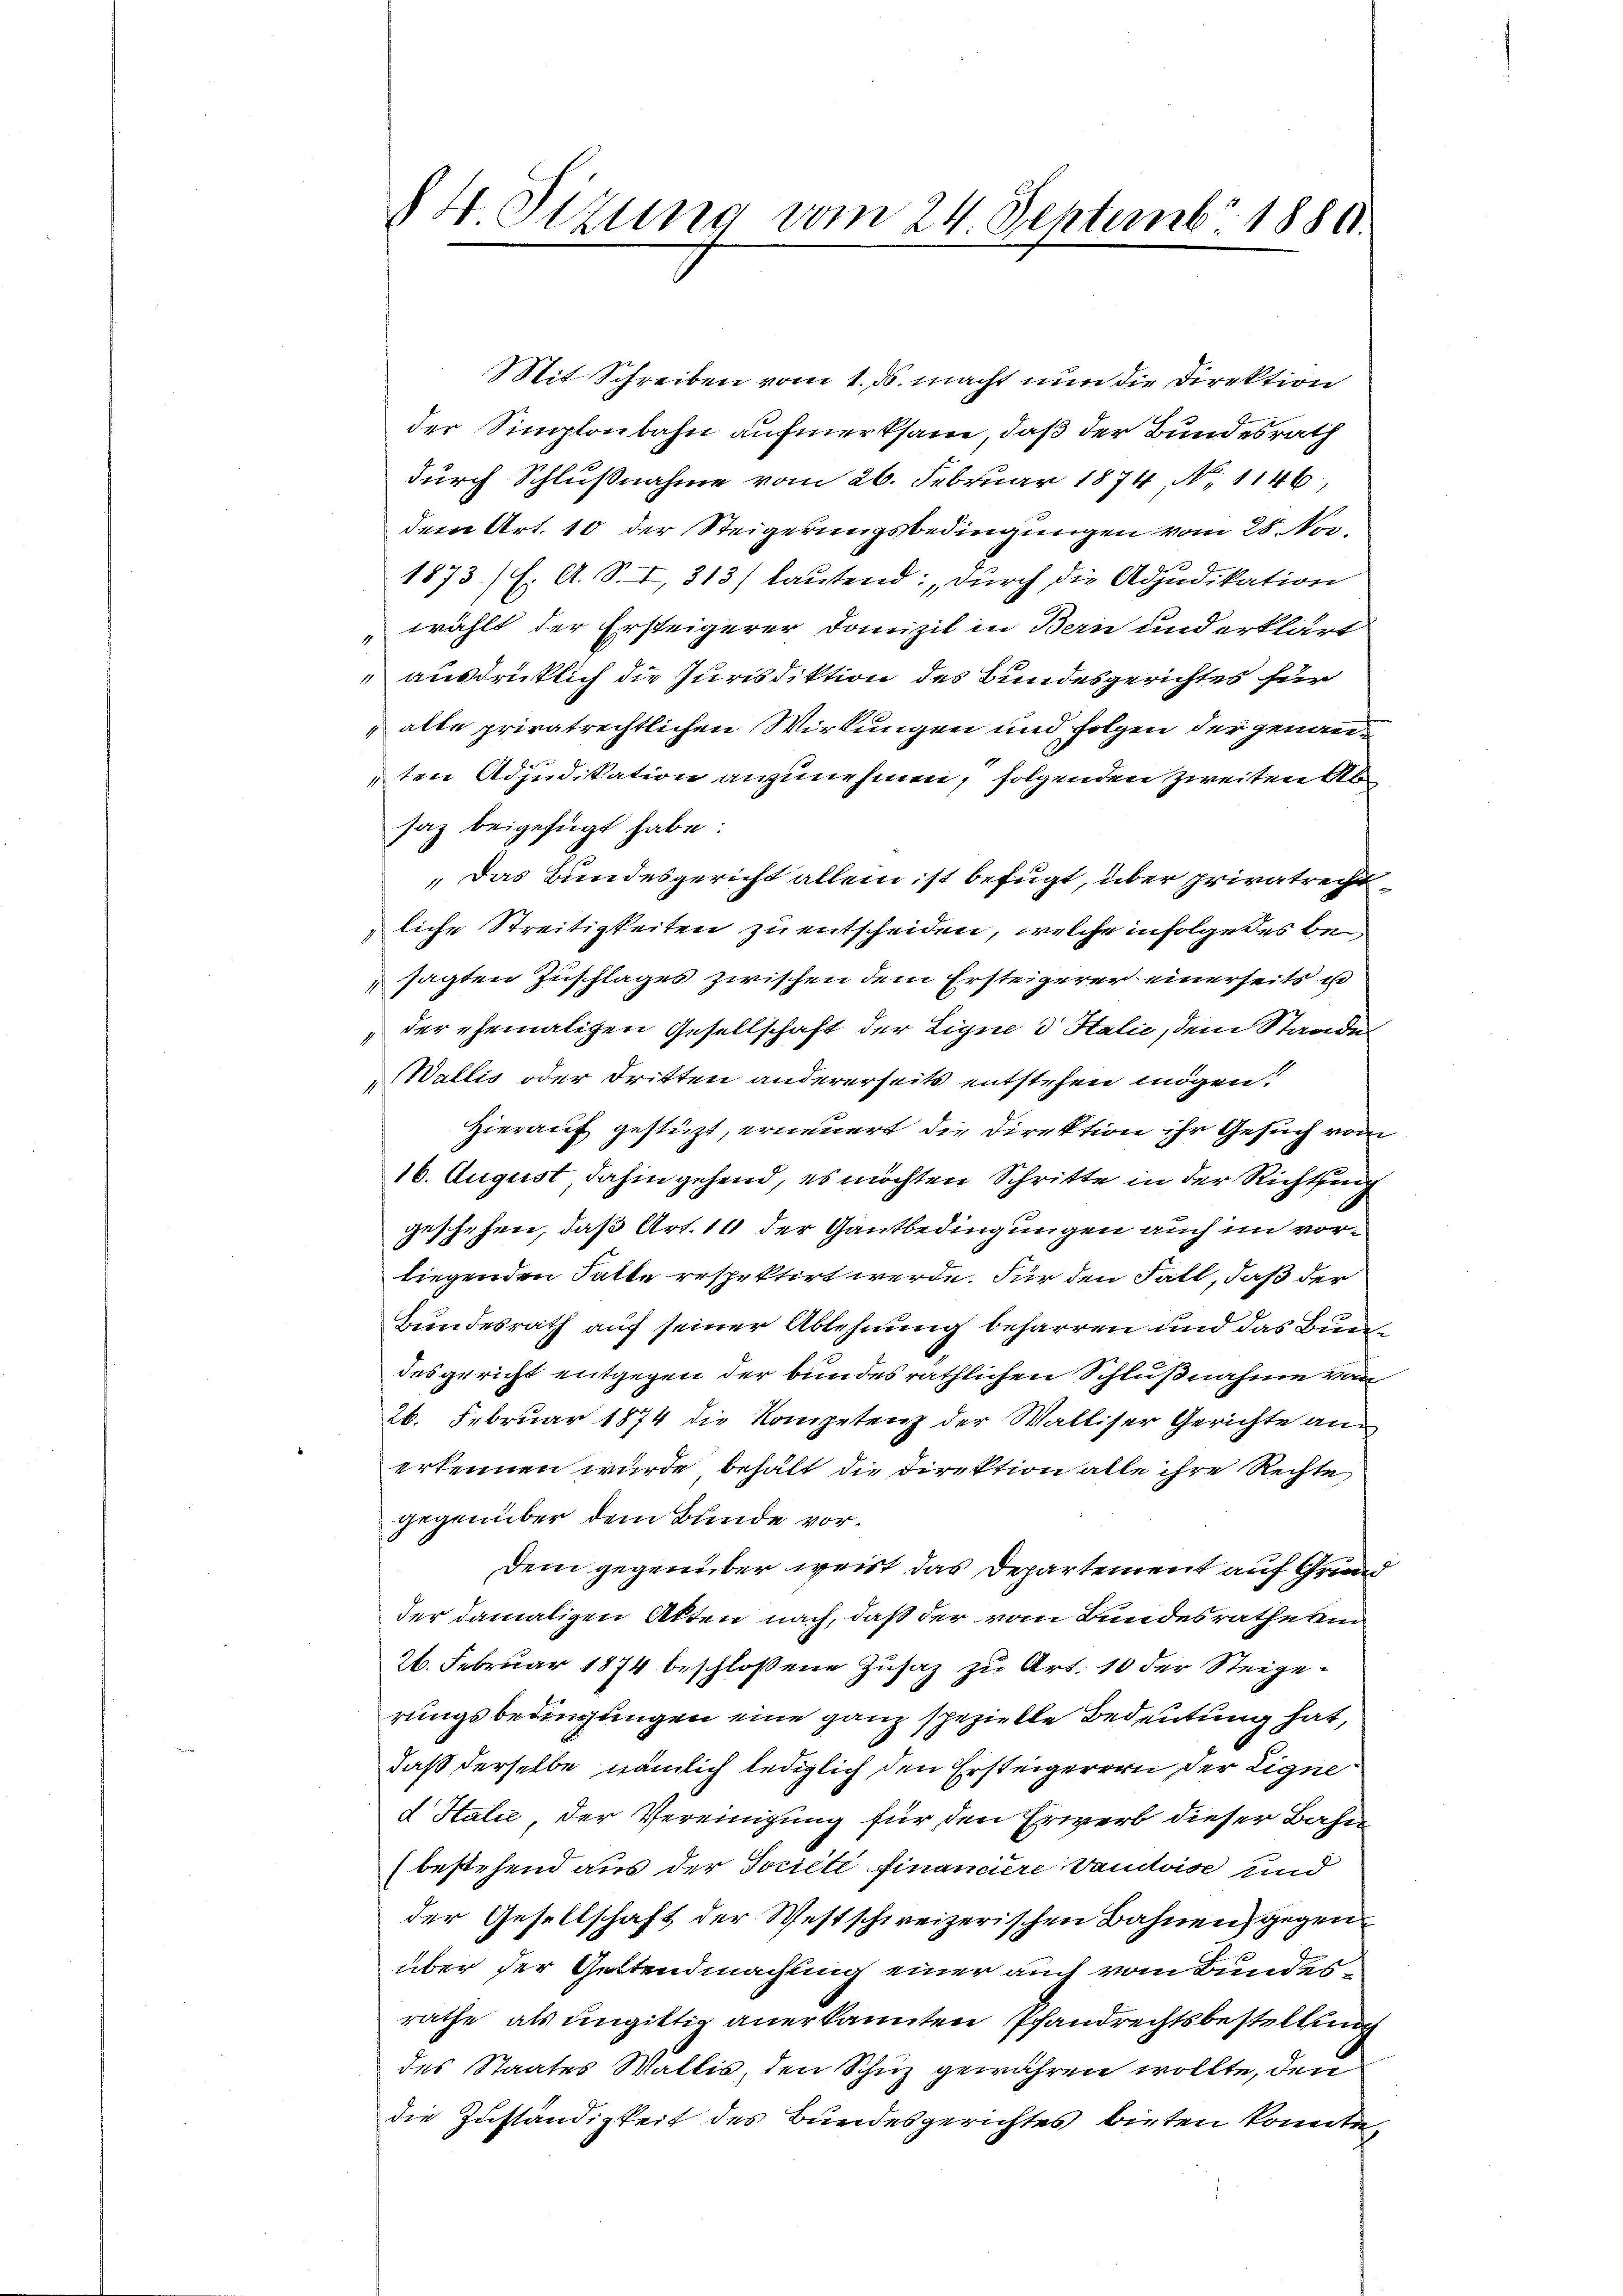
Mit Schreiben vom 1. ds. macht nun die Direktion
der Simplonbahn aufmerksam, daß der Bundesrath
durch Schlußnahme vom 26. Februar 1874. No. 1146,
dem Art. 10 der Steigerungsbedingungen vom 25. No.
1873/ H. A. S. I, 313) lautend: „durch die Adjudikation
wählt der Ersteigerer Domizil in Bern und erklärt
ausdrücklich die Jurisdiktion des Bundesgerichtes für
alle privatrechtlichen Wirkungen und Folgen der genannten Adjudikation anzunehmen, folgenden zweiten Absaz beigefügt habe.
„Das Bundesgericht allein ist befugt, über privatrecht
liche Streitigkeiten zu entscheiden, welche infolge des besagten Zuschlages zwischen dem Ersteigerer einerseits u
„der ehemaligen Gesellschaft der Ligne 3 Stalić, dem Stande
Wallis oder dritten andererseits entstehen mögen:
Hierauf gestüzt, erneuert die Direktion ihr Gesuch vom
16. August dahingehend, es möchten Schritte in der Richtung
geschehen, daß Art. 11 der Gantbedingungen auch im vorliegenden Fatte respektirt werde. Für den Fall, daß der
Bundesrath auf seiner Ablehnung beharren und das Bundesgericht entgegen der bundesräthlichen Schlußnahme von
26. Februar 1874 die Kompetenz der Walliser Gerichte anerkennen wurde, behält die Direktion alle ihre Rechte
gegenüber dem Bunde vor.
Dem gegenüber weist das Departement auf Grund
der damaligen Akten nach, daß der vom Bundesrathe kein
26. Februar 1874 beschloßene Zusatz zu Art. 10 der Steigerungsbedingungen eine ganz spezielle Bedeutung hat,
daß derselbe nämlich lediglich den Ersteigerern der Eigned Halić, der Vereinigung für den Erwerb dieser Bahn
(bestehend aus der Société financiere Vaudoise und
der Gesellschaft der Westschweizerischen Bahnen, gegen
über der Geltendmachung einer auch vom Bundesrathe als ungittig anerkannten Pfandrechtsbestellung
des Staates Wallis, den Schuz gewähren wollte, den
die Zuständigkeit des Bundesgerichtes bieten konnte,

84 Sizung vom 24 Septembr 1880.